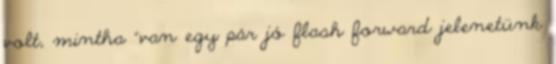
volt, mintha “van egy pár jó flash forward jelenetünk